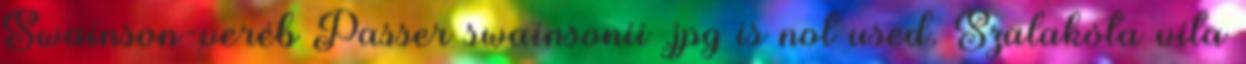
Swainson-veréb Passer swainsonii .jpg is not used. Szalakóta vita